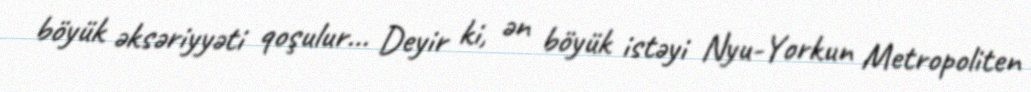
böyük əksəriyyəti qoşulur… Deyir ki, ən böyük istəyi Nyu-Yorkun Metropoliten